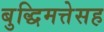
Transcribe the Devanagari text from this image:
बुद्धिमत्तेसह